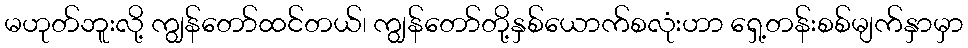
မဟုတ်ဘူးလို့ ကျွန်တော်ထင်တယ်၊ ကျွန်တော်တို့နှစ်ယောက်စလုံးဟာ ရှေ့တန်းစစ်မျက်နှာမှာ